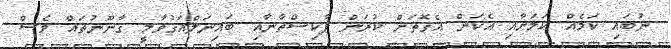
ނުބައި ކަމެއް ކަމަށާއި އެކަން އެގޮތަށް ކުރަން ޕާކިސްތާނާއި ބައިނަލްއަގުވާމީ ގާނޫނުތައް ވެސް